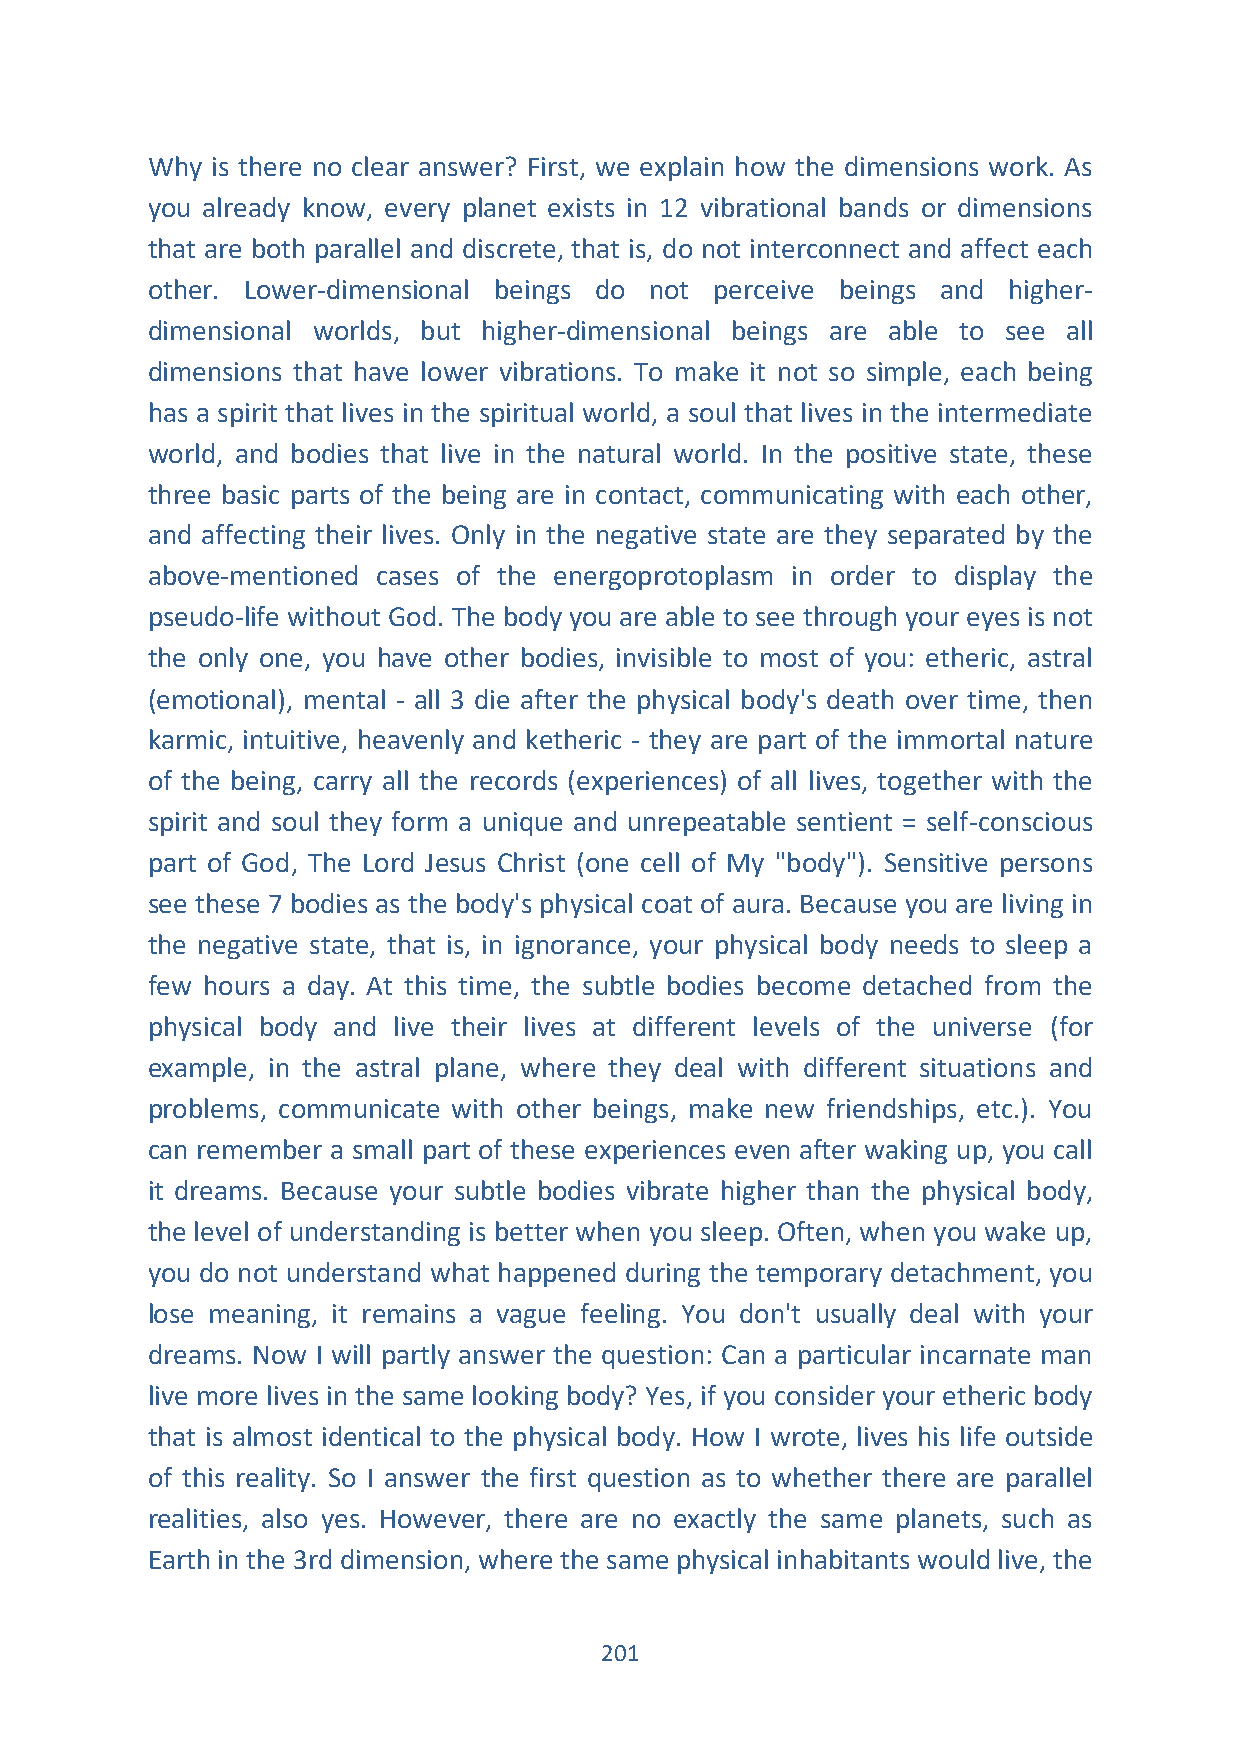
Why is there no clear answer? First, we explain how the dimensions work. As
 you already know, every planet exists in 12 vibrational bands or dimensions
 that are both parallel and discrete, that is, do not interconnect and affect each
 other. Lower-dimensional beings do not perceive beings and higher-
 dimensional worlds, but higher-dimensional beings are able to see all
 dimensions that have lower vibrations. To make it not so simple, each being
 has a spirit that lives in the spiritual world, a soul that lives in the intermediate
 world, and bodies that live in the natural world. In the positive state, these
 three basic parts of the being are in contact, communicating with each other,
 and affecting their lives. Only in the negative state are they separated by the
 above-mentioned cases of the energoprotoplasm in order to display the
 pseudo-life without God. The body you are able to see through your eyes is not
 the only one, you have other bodies, invisible to most of you: etheric, astral
 (emotional), mental - all 3 die after the physical body's death over time, then
 karmic, intuitive, heavenly and ketheric - they are part of the immortal nature
 of the being, carry all the records (experiences) of all lives, together with the
 spirit and soul they form a unique and unrepeatable sentient = self-conscious
 part of God, The Lord Jesus Christ (one cell of My "body"). Sensitive persons
 see these 7 bodies as the body's physical coat of aura. Because you are living in
 the negative state, that is, in ignorance, your physical body needs to sleep a
 few hours a day. At this time, the subtle bodies become detached from the
 physical body and live their lives at different levels of the universe (for
 example, in the astral plane, where they deal with different situations and
 problems, communicate with other beings, make new friendships, etc.). You
 can remember a small part of these experiences even after waking up, you call
 it dreams. Because your subtle bodies vibrate higher than the physical body,
 the level of understanding is better when you sleep. Often, when you wake up,
 you do not understand what happened during the temporary detachment, you
 lose meaning, it remains a vague feeling. You don't usually deal with your
 dreams. Now I will partly answer the question: Can a particular incarnate man
 live more lives in the same looking body? Yes, if you consider your etheric body
 that is almost identical to the physical body. How I wrote, lives his life outside
 of this reality. So I answer the first question as to whether there are parallel
 realities, also yes. However, there are no exactly the same planets, such as
 Earth in the 3rd dimension, where the same physical inhabitants would live, the
 201